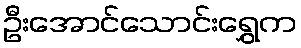
ဦးအောင်သောင်းရွှေက